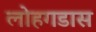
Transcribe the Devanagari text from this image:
लोहगडास